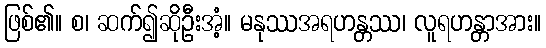
ဖြစ်၏။ စ၊ ဆက်၍ဆိုဦးအံ့။ မနုဿအရဟန္တဿ၊ လူရဟန္တာအား။